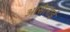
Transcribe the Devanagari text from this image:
आसेलाई